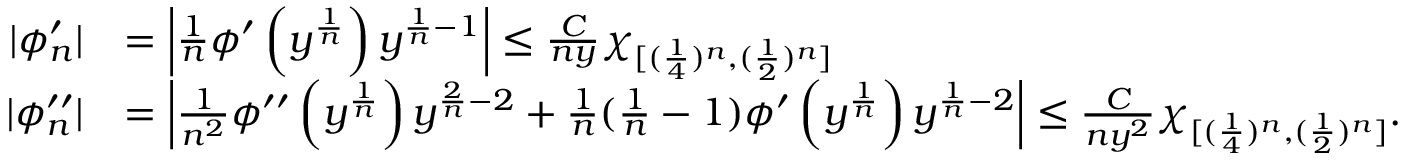
\begin{array} { r l } { | \phi _ { n } ^ { \prime } | } & { = \left| \frac { 1 } { n } \phi ^ { \prime } \left( y ^ { \frac { 1 } { n } } \right) y ^ { \frac { 1 } { n } - 1 } \right| \leq \frac { C } { n y } \chi _ { [ ( \frac 1 4 ) ^ { n } , ( \frac 1 { 2 } ) ^ { n } ] } } \\ { | \phi _ { n } ^ { \prime \prime } | } & { = \left| \frac { 1 } { n ^ { 2 } } \phi ^ { \prime \prime } \left( y ^ { \frac { 1 } { n } } \right) y ^ { \frac { 2 } { n } - 2 } + \frac 1 n ( \frac 1 n - 1 ) \phi ^ { \prime } \left( y ^ { \frac { 1 } { n } } \right) y ^ { \frac { 1 } { n } - 2 } \right| \leq \frac { C } { n y ^ { 2 } } \chi _ { [ ( \frac 1 4 ) ^ { n } , ( \frac 1 { 2 } ) ^ { n } ] } . } \end{array}